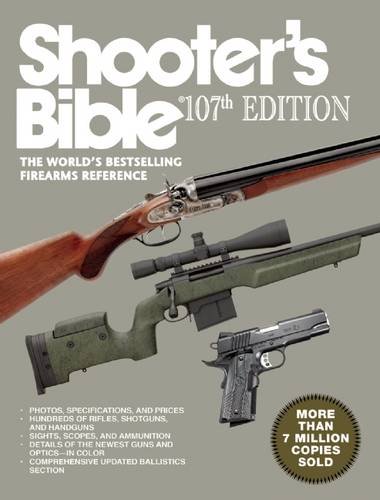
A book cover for Shooter's Bible: The WorldEEs Bestselling Firearms Reference; Reference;